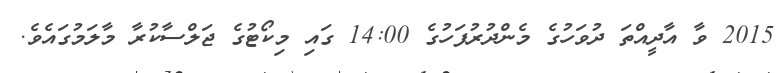
2015 ވާ އާދީއްތަ ދުވަހުގެ މެންދުރުފަހުގެ 14:00 ގައި މިކޯޓުގެ ޖަލްސާކުރާ މާލަމުގައެވެ.